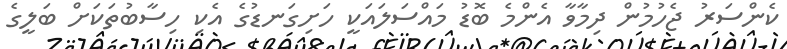
ކެންސަރު ޖެހުމުން ދިމާވާ އެންމެ ބޮޑު މައްސަލައަކީ ހަށިގަނޑުގެ އެކި ހިސާބުތަކަށް ބަލީގެ